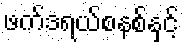
ဖက်ဒရယ်စနစ်နှင့်